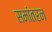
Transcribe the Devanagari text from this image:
समांतरन